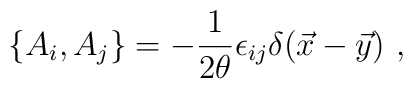
\{A_i,A_j\} = -{1\over 2\theta} \epsilon_{ij} \delta(\vec x-\vec y)~,